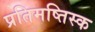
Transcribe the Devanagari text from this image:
प्रतिमष्तिस्क